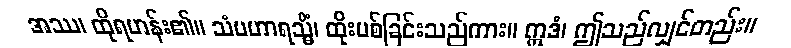
အဿ၊ ထိုရဟန်း၏။ သံပဟာရသ္မိံ၊ ထိုးပစ်ခြင်းသည်ကား။ ဣဒံ၊ ဤသည်လျှင်တည်း။